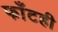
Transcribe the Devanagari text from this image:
फाँटही